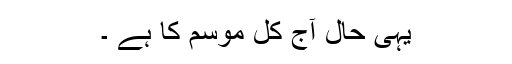
یہی حال آج کل موسم کا ہے ۔